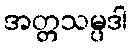
အတ္တသမ္ပဒါ